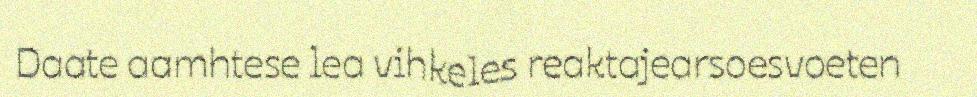
Daate aamhtese lea vihkeles reaktajearsoesvoeten